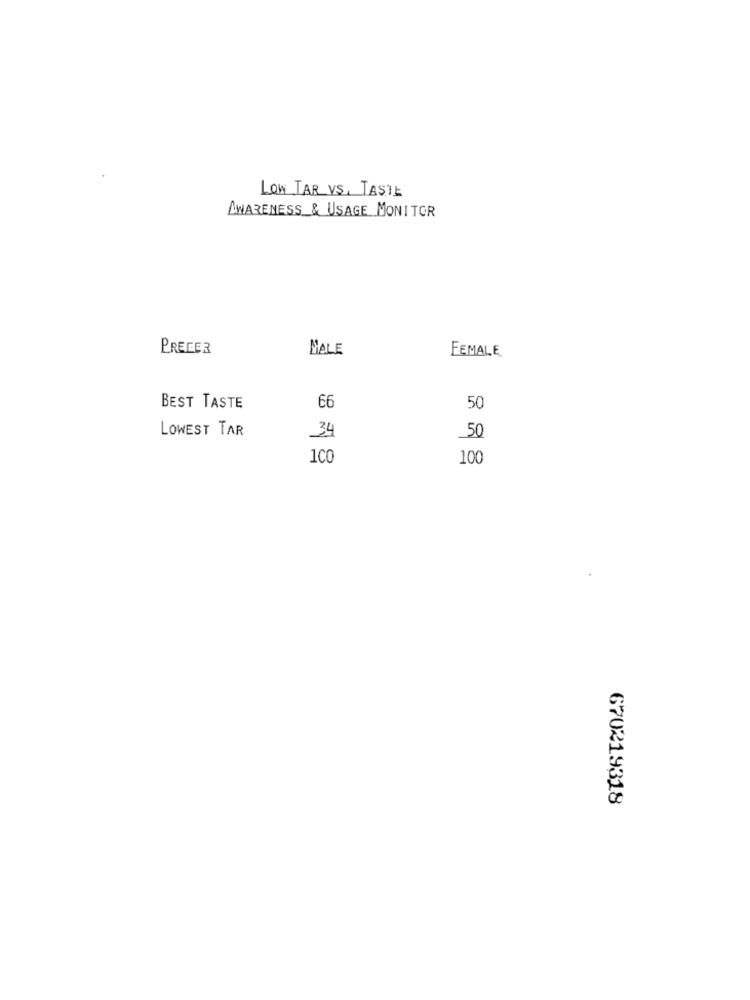
LOW TAR VS, TASTE
AWARENESS & USAGE MONITOR
PRECER
MALE
FEMALE.
BEST TASTE
66
50
LOWEST TAR
34
50
1co
100
670219318